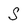
Character: S